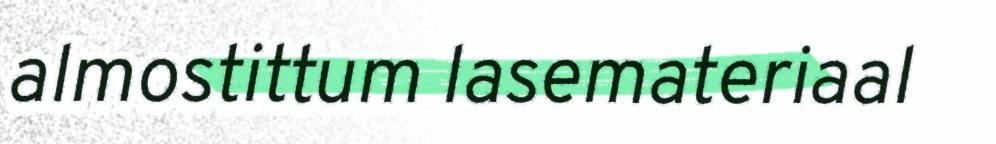
almostittum lasemateriaal